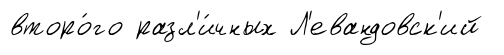
второ́го разл'и́чных Л'евандовск'ий